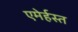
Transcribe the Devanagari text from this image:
एमेर्हस्त